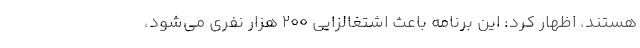
هستند، اظهار کرد: این برنامه باعث اشتغالزایی 200 هزار نفری می‌شود،